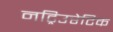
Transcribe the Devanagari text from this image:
नट्रिउरेटिक